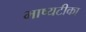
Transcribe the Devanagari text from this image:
भाष्यटीका